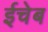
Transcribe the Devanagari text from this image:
ईचेब